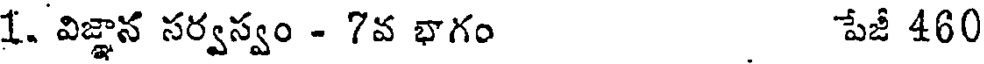
1. విజ్ఞాన సర్వస్వం - 7వ భాగం పేజీ 460